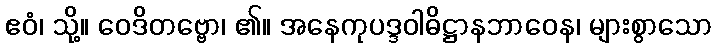
ဧဝံ၊ သို့။ ဝေဒိတဗ္ဗော၊ ၏။ အနေကုပဒ္ဒဝါဓိဋ္ဌာနဘာဝေန၊ များစွာသော